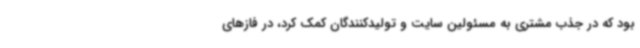
بود که در جذب مشتری به مسئولین سایت و تولیدکنندگان کمک کرد، در فازهای